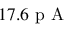
1 7 . 6 \mathrm { ~ p ~ A ~ }